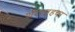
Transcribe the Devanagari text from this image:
शेरशाहचा